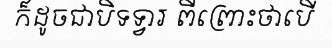
ក៏ដូចជាបិទទ្វារ ពីព្រោះថាបើ